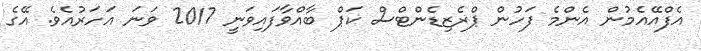
އެފްއޭއެމުން އެންމެ ފަހުން ޕްރެޒިޑެންޓްސް ކަޕް ބާއްވާފައިވަނީ 2017 ވަނަ އަހަރުއެވެ. އޭގެ